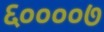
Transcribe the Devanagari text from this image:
६००००७